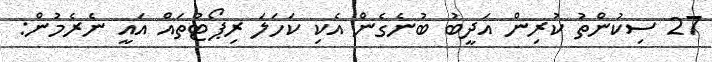
27 ސިކުންތު ކުރިން އަދީބު ބުނެގެން އެކި ކަހަލަ ރިޕޯޓުތައް އައީ ނެރެމުން: